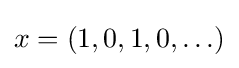
x=(1,0,1,0,\ldots )